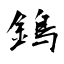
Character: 鵭